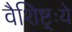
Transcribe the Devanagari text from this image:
वैशिष्ट्ःये